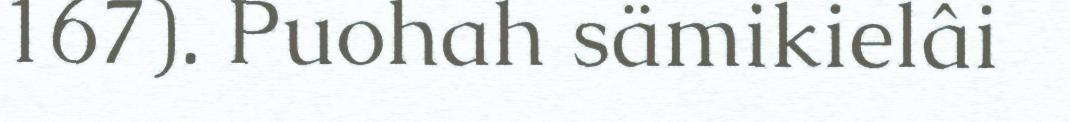
167). Puohah sämikielâi